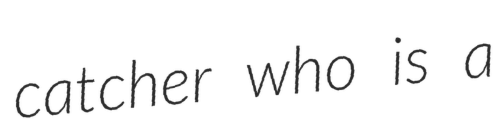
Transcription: catcher who is a